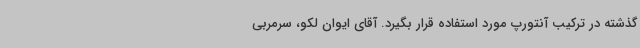
گذشته در ترکیب آنتورپ مورد استفاده قرار بگیرد. آقای ایوان لکو، سرمربی